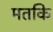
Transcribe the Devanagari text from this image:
मतकि